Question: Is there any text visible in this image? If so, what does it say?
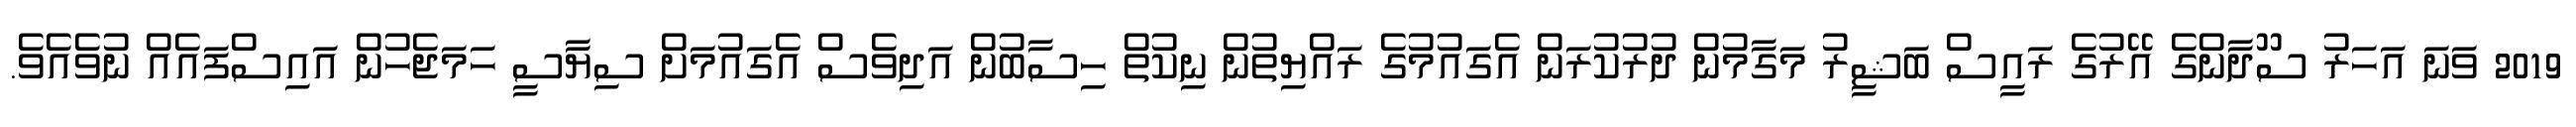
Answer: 2019 ވަނަ އަހަރު ސޫދާންގެ އޭރުގެ ރައީސް ބަޝީރު މަގާމުން ދުރުކުރަން އެގައުމުގެ ރައްޔިތުން ނިކުތް ހިސާބުން އަދިވެސް އެގައުމަށް ސިޔާސީ ހަމަޖެހުން އައިސްފައެއް ނުވެއެވެ.